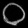
Digit: ၀